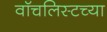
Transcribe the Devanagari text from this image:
वॉचलिस्टच्या